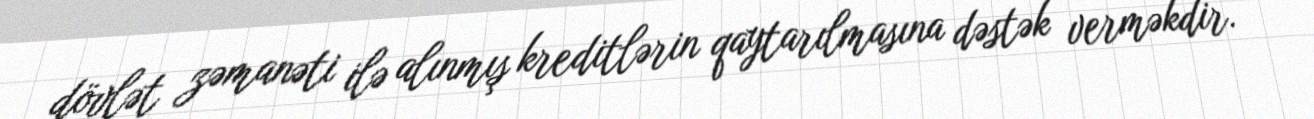
dövlət zəmanəti ilə alınmış kreditlərin qaytarılmasına dəstək verməkdir.